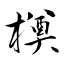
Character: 橂